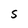
Character: S